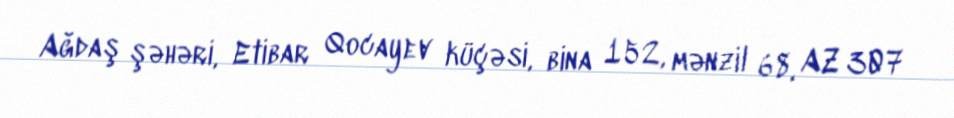
Ağdaş şəhəri, Etibar Qocayev küçəsi, bina 152, mənzil 68, AZ 307